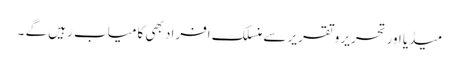
میڈیا اورتحریر و تقریر سے منسلک افراد بھی کامیاب رہیں گے ۔